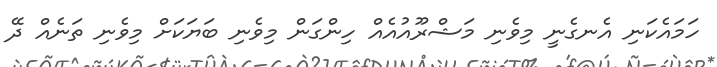
ހަމައެކަނި އެނގެނީ މިވެނި މަޝްރޫއުއެއް ހިންގަން މިވެނި ބަޔަކަށް މިވެނި ތަނެއް ދޭ